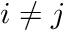
i \neq j